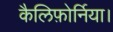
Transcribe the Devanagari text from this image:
कैलिफ़ोर्निया।